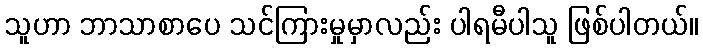
သူဟာ ဘာသာစာပေ သင်ကြားမှုမှာလည်း ပါရမီပါသူ ဖြစ်ပါတယ်။